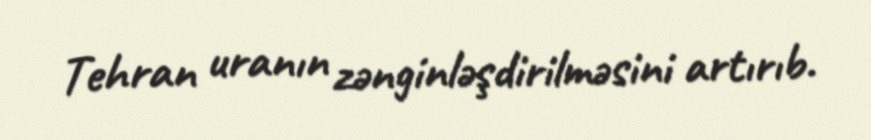
Tehran uranın zənginləşdirilməsini artırıb.